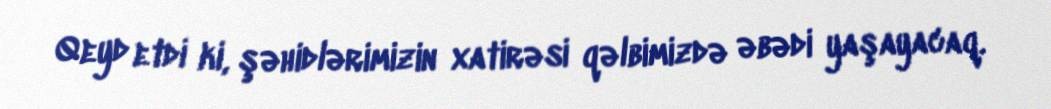
Qeyd etdi ki, şəhidlərimizin xatirəsi qəlbimizdə əbədi yaşayacaq.